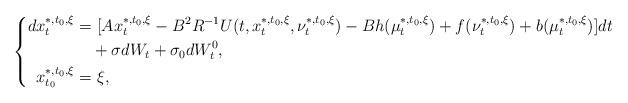
LaTeX: \begin{align*}\left\{\begin{aligned}dx_t^{*,t_0,\xi}=&~[Ax_t^{*,t_0,\xi}-B^2R^{-1}U(t,x_t^{*,t_0,\xi},\nu_t^{*,t_0,\xi})-Bh(\mu_t^{*,t_0,\xi})+f(\nu_t^{*,t_0,\xi})+b(\mu_t^{*,t_0,\xi})]dt\\&+\sigma dW_t+\sigma_0dW^0_t,\\x_{t_0}^{*,t_0,\xi}=&~\xi,\end{aligned}\right.\end{align*}